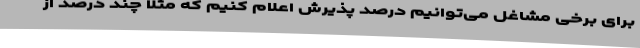
برای برخی مشاغل می‌توانیم درصد پذیرش اعلام کنیم که مثلا چند درصد از